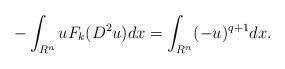
LaTeX: \begin{align*} -\int_{R^n}uF_k(D^2u)dx=\int_{R^n}(-u)^{q+1}dx.\end{align*}